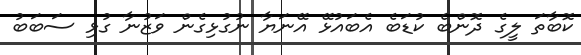
ކޮބާތަ ލީގެ ދޮންބެ ކުޑަބެ އެބައުޅޭ އޭނަޔާ ނުގުޅިގެން ވަޒުނާ ގުޅި ސަބަބު